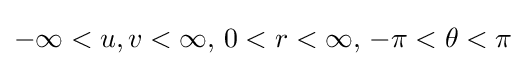
-\infty <u,v<\infty ,\,0<r<\infty ,\,-\pi <\theta <\pi